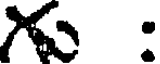
: